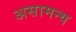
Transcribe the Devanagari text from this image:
असामन्य